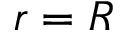
r = R